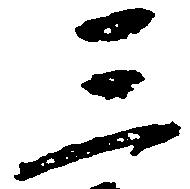
三